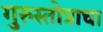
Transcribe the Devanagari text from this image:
गुरुस्तोत्राचा